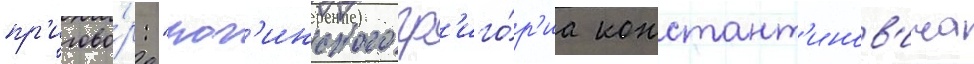
пр'игово́р: "рог'инского гр'иго́р'иа констант'инов'ича